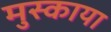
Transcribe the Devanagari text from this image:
मुस्काया